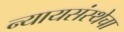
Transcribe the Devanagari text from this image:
न्यायसंस्थेचा